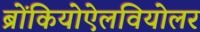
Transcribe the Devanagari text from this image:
ब्रोंकियोऐलवियोलर